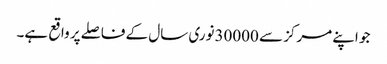
جو اپنے مرکز سے 30000نوری سال کے فاصلے پر واقع ہے۔